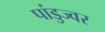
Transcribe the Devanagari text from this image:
पांडुज्वर